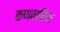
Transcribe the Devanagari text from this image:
कणवारिया